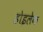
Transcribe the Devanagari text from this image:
होइलेक